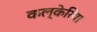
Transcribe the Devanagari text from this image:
कल्केरिया